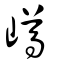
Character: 嶟